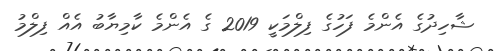
ޝާހިދުގެ އެންމެ ފަހުގެ ފިލްމަކީ 2019 ގެ އެންމެ ކާމިޔާބު އެއް ފިލްމު